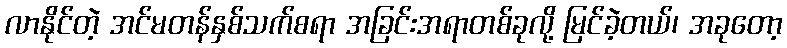
လာနိုင်တဲ့ အင်မတန်နှစ်သက်စရာ အခြင်းအရာတစ်ခုလို့ မြင်ခဲ့တယ်၊ အခုတော့